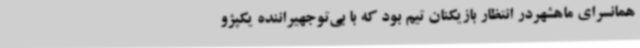
همانسرای ماهشهردر انتظار بازیکنان تیم بود که با بی‌توجهیراننده یکپژو